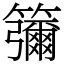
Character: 䉲